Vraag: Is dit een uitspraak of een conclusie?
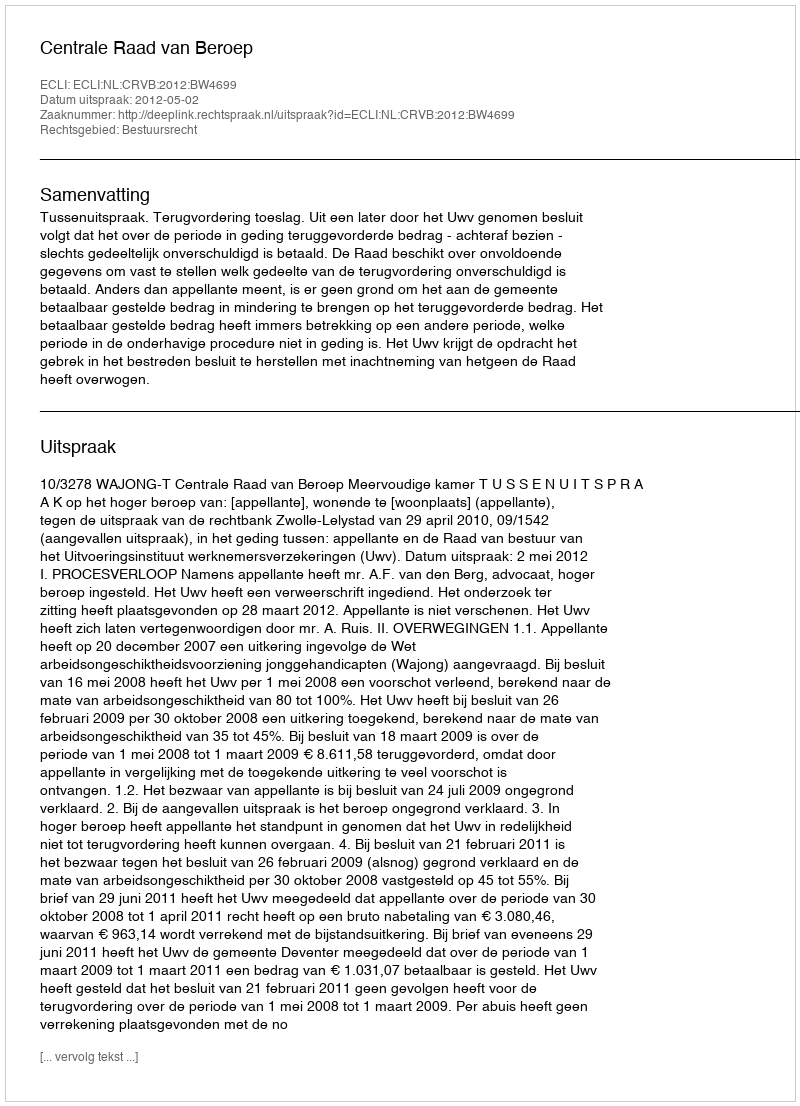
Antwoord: Uitspraak